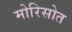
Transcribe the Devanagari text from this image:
मोरिसोत